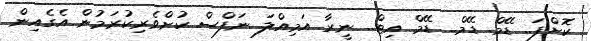
ކޮށްފަ.. ޑޭމް. ޑޭމް.. ޑޭމް އިޓް.. ނީރާ އަމިއްލަ ނަފްސް ކުށްވެރިކުރަމުން އެގެއިން